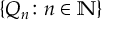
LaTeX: \{ Q _ { n } \colon n \in \mathbb { N } \}